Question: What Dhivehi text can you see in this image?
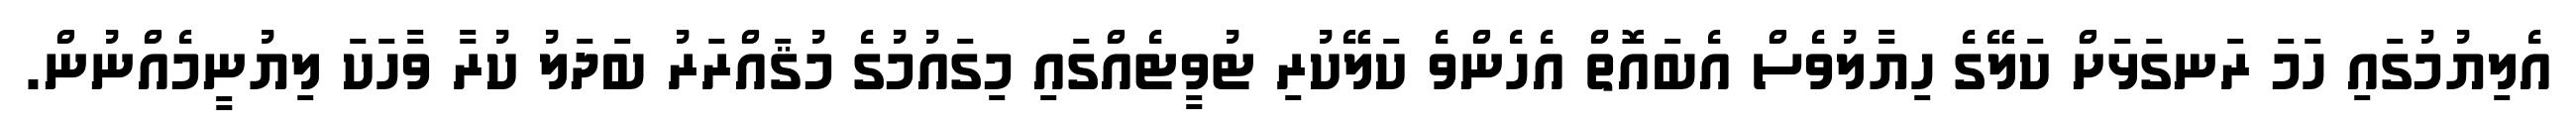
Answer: އެލިޔުމުގައި ހަމަ ރަނގަޅަށް ކަލޭގެ ހިޔާލުވެސް އެބައޮތް އެހެންވެ ކަލޭކުރި ޓުވީޓެއްގައި މިގައުމުގެ މުޤައްރަރު ބަދަލު ކުރާ ވާހަކަ ލިޔުނީމެއްނުން.